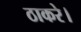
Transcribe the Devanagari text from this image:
ठाकरे।